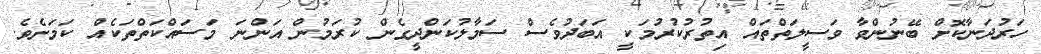
ހަރުދަނާކޮށް ބޭނުންވާ ވަސީލަތްތައް އިތުރުކުރުމަކީ އަބަދުވެސް ސަމާލުކަންދީގެން ކުރަމުން އަންނަ މަސައްކަތްތަކެއް ކަމަށެވެ.